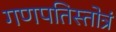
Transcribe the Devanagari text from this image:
गणपतिस्तोत्रं